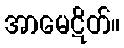
အာမေဋိတ်။